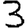
Digit: 3